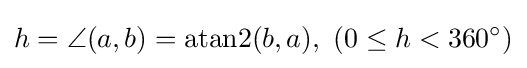
h=\angle (a,b)=\operatorname {atan2} (b,a),\ (0\leq h<360^{\circ })